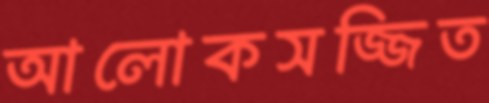
আলোকসজ্জিত